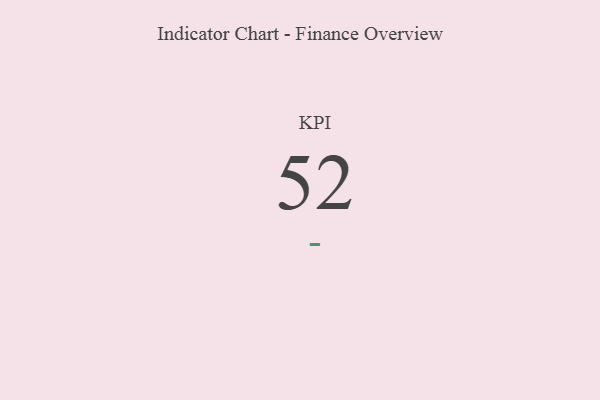
{"axis": {"x": "KPI", "y": "Value"}, "legend": [""], "data": [{"x": "KPI", "y": 52, "type": ""}]}